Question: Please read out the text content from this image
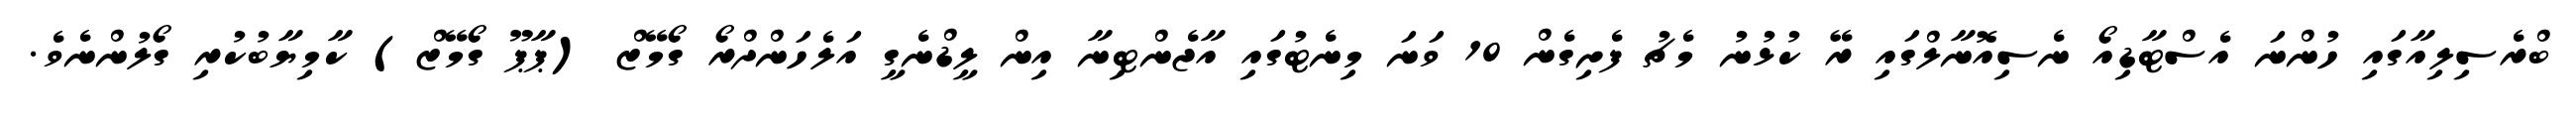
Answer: ބްރެސިލިއާގައި ހުންނަ އެސްޓާޑިއޯ ނެސިއޮނާލްގައި ރޭ ކުޅުނު މެޗު ފެށިގެން 10 ވަނަ މިނެޓުގައި އާޖެންޓިނާ އިން ލީޑްނެގީ އަލެހަންދްރޯ ގޯމޭޒް (ޕާޕޫ ގޯމޭޒް) ކާމިޔާބުކުރި ގޯލުންނެވެ.